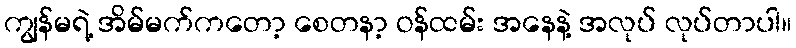
ကျွန်မရဲ့ အိမ်မက်ကတော့ စေတနာ့ ဝန်ထမ်း အနေနဲ့ အလုပ် လုပ်တာပါ။